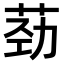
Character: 𫈎